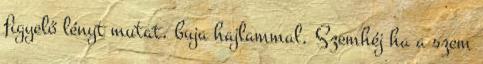
figyelő lényt mutat, buja hajlammal. Szemhéj ha a szem